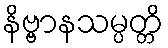
နိဗ္ဗာနသမ္ပတ္တိ